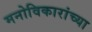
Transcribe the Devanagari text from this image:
मनोविकारांच्या